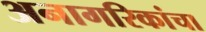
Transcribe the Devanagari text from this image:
अनागरिकांचा